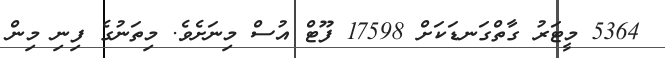
5364 މީޓަރު ގާތްގަނޑަކަށް 17598 ފޫޓް އުސް މިނަށެވެ. މިތަނުގެ ފިނި މިން